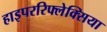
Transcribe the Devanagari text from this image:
हाइपररिफ्लेक्सिया